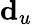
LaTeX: \mathbf{d}_{u}